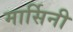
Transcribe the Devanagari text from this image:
मार्सिनी